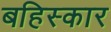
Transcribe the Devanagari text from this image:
बहिस्कार